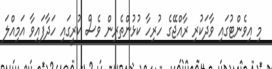
މި އިވެންޓުގައި ވާދަކުރި ރާއްޖޭގެ ހުރިހާ ކުޅުންތެރިން ވެސް ކުރީގައި ހަދާފައިވާ އަމިއްލަ